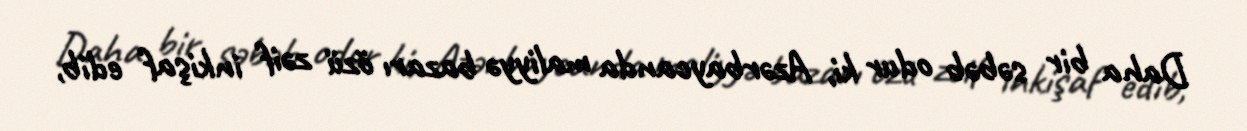
Daha bir səbəb odur ki, Azərbaycanda maliyyə bazarı özü zəif inkişaf edib,